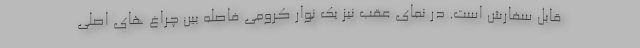
قابل سفارش است. در نمای عقب نیز یک نوار کرومی فاصله بین چراغ های اصلی